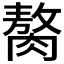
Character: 𫆰